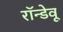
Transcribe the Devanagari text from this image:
रॉन्डेवू